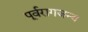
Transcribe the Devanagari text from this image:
पूर्वरागजन्य